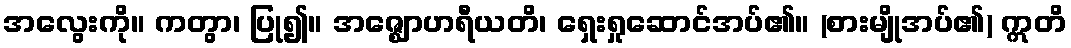
အလွေးကို။ ကတွာ၊ ပြု၍။ အဇ္ဈောဟရီယတိ၊ ရှေးရှုဆောင်အပ်၏။ (စားမျိုအပ်၏) ဣတိ